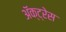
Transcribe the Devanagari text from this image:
ॲक्ट्रेस